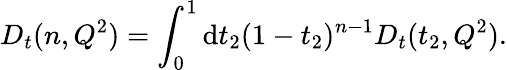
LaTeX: D_{t}(n,Q^{2})=\int_{0}^{1}\mathrm{d}t_{2}(1-t_{2})^{n-1}D_{t}(t_{2},Q^{2}).